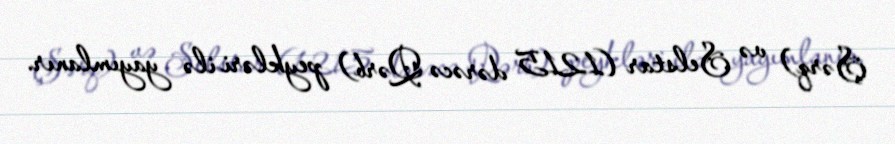
Şərq) və Selstar (1215 dərəcə Qərb) peykləri ilə yayımlanır.